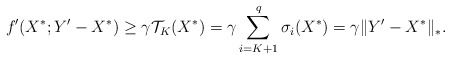
\begin{align*}f'(X^*;Y'-X^*) &\ge\gamma\mathcal{T}_K(X^*)=\gamma\sum_{i=K+1}^q\sigma_i(X^*)=\gamma\|Y'-X^*\|_*.\end{align*}